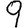
Digit: 9